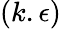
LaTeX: (k.\epsilon)